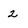
Character: 2